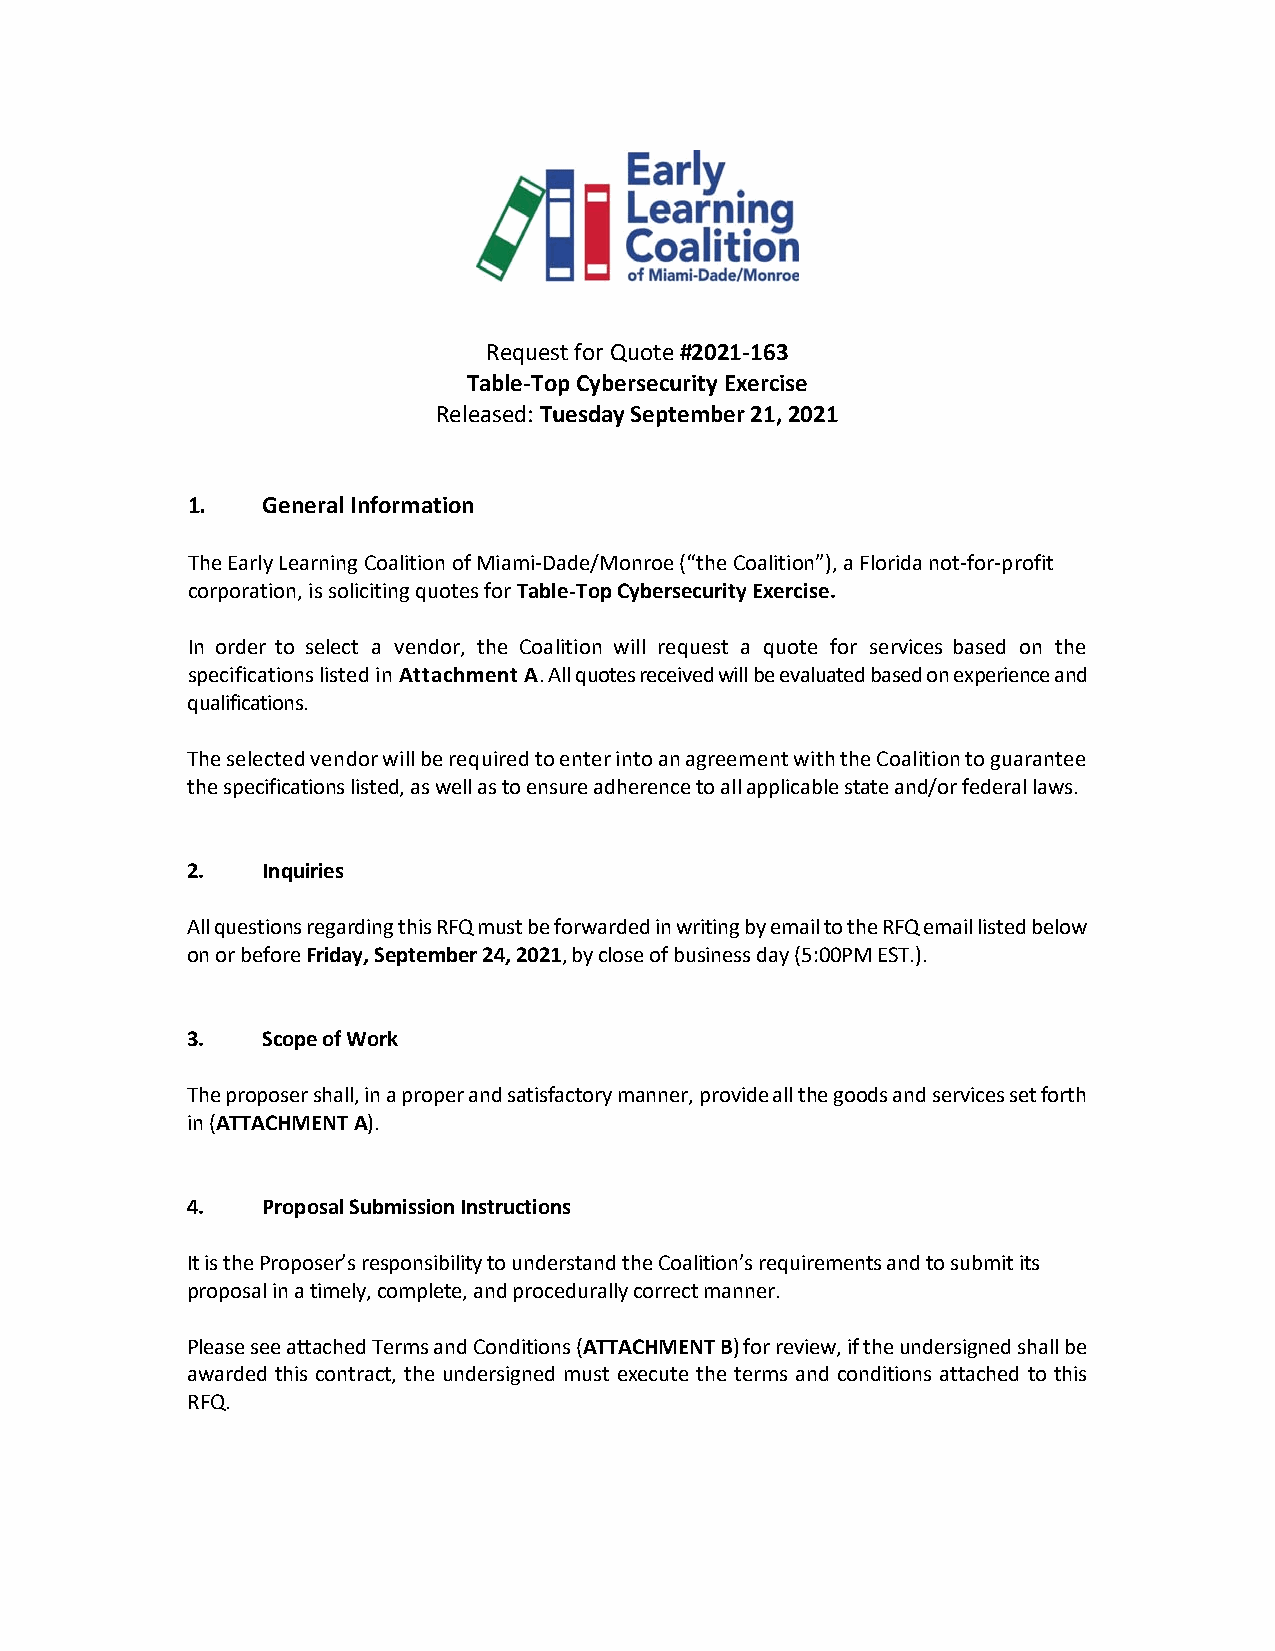
Request for Quote #2021‐163
 Table‐Top Cybersecurity Exercise
 Released: Tuesday September 21, 2021
 1.   General Information
 The Early Learning Coalition of Miami‐Dade/Monroe (“the Coalition”), a Florida not‐for‐profit
 corporation, is soliciting quotes for Table‐Top Cybersecurity Exercise.
 In order to select a vendor, the Coalition will request a quote for services based on the
 specifications listed in Attachment A. All quotes received will be evaluated based on experience and
 qualifications.
 The selected vendor will be required to enter into an agreement with the Coalition to guarantee
 the specifications listed, as well as to ensure adherence to all applicable state and/or federal laws.
 2.   Inquiries
 All questions regarding this RFQ must be forwarded in writing by email to the RFQ email listed below
 on or before Friday, September 24, 2021, by close of business day (5:00PM EST.).
 3.   Scope of Work
 The proposer shall, in a proper and satisfactory manner, provide all the goods and services set forth
 in (ATTACHMENT A).
 4.   Proposal Submission Instructions
 It is the Proposer’s responsibility to understand the Coalition’s requirements and to submit its
 proposal in a timely, complete, and procedurally correct manner.
 Please see attached Terms and Conditions (ATTACHMENT B) for review, if the undersigned shall be
 awarded this contract, the undersigned must execute the terms and conditions attached to this
 RFQ.